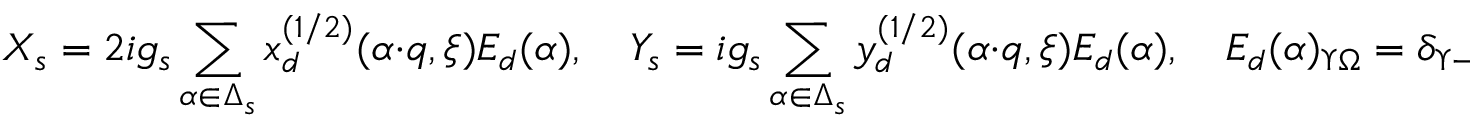
X _ { s } = 2 i g _ { s } \sum _ { \alpha \in \Delta _ { s } } x _ { d } ^ { ( 1 / 2 ) } ( \alpha \cdot q , \xi ) E _ { d } ( \alpha ) , \quad Y _ { s } = i g _ { s } \sum _ { \alpha \in \Delta _ { s } } y _ { d } ^ { ( 1 / 2 ) } ( \alpha \cdot q , \xi ) E _ { d } ( \alpha ) , \quad E _ { d } ( \alpha ) _ { \Upsilon \Omega } = \delta _ { \Upsilon - \Omega , 2 \alpha } .